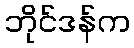
ဘိုင်ဒန်က